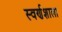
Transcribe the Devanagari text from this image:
स्वर्णशाला